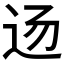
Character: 𰺲